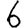
Digit: 6